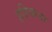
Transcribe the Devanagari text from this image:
इडियाना